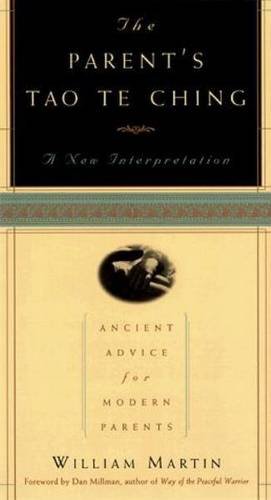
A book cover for The Parent's Tao Te Ching: Ancient Advice for Modern Parents; William Martin; Politics & Social Sciences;